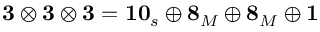
\mathbf { 3 } \otimes \mathbf { 3 } \otimes \mathbf { 3 } = \mathbf { 1 0 } _ { s } \oplus \mathbf { 8 } _ { M } \oplus \mathbf { 8 } _ { M } \oplus \mathbf { 1 }